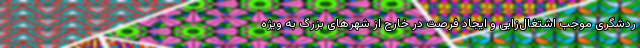
ردشگری موجب اشتغال‌زایی و ایجاد فرصت در خارج از شهرهای بزرگ به ویژه